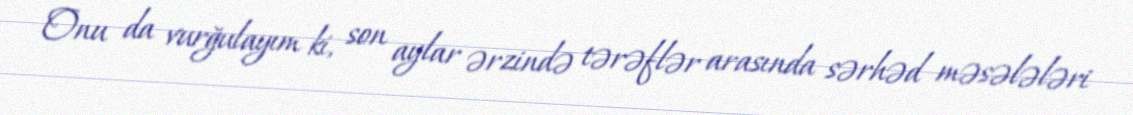
Onu da vurğulayım ki, son aylar ərzində tərəflər arasında sərhəd məsələləri